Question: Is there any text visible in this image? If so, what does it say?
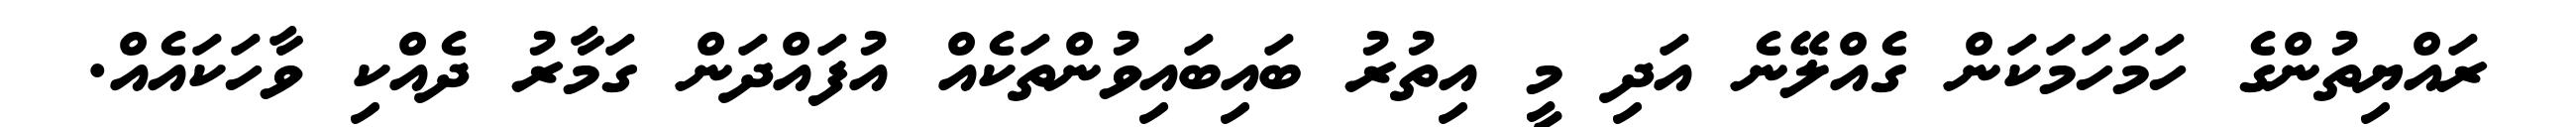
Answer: ރައްޔިތުންގެ ހަމަހަމަކަން ގެއްލޭނެ އަދި މީ އިތުރު ބައިބައިވުންތަކެއް އުފައްދަން ގަމާރު ދެއްކި ވާހަކައެއް.